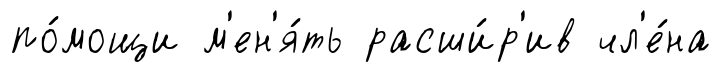
по́мощи м'ен'я́ть расши́р'ив чл'е́на